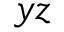
y z